Preliminary report on an investigation into the etiology of Oriental sore in Cambay - Number 50
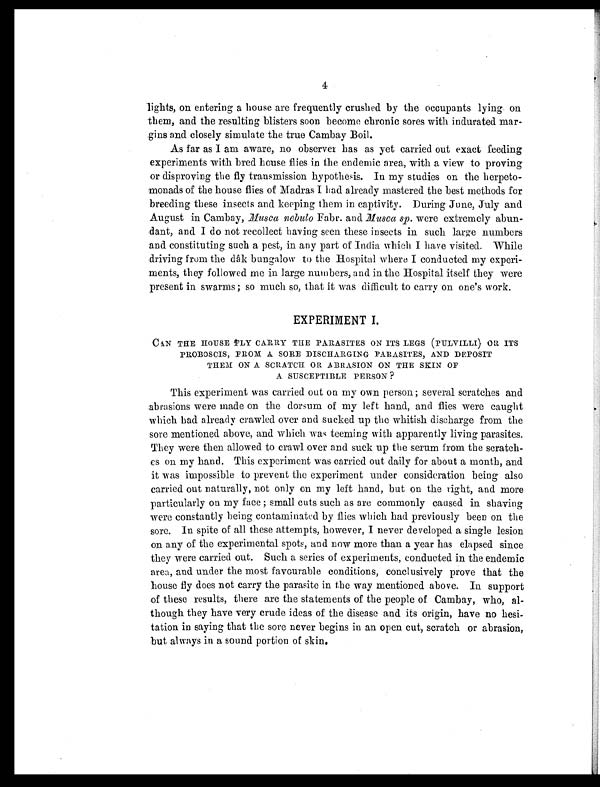
4
lights, on entering a house are frequently crushed by the occupants lying on
them, and the resulting blisters soon become chronic sores with indurated mar-
gins and closely simulate the true Cambay Boil.
As far as I am aware, no observer has as yet carried out exact feeding
experiments with bred house flies in the endemic area, with a view to proving
or disproving the fly transmission hypothesis. In my studies on the herpeto-
monads of the house flies of Madras I had already mastered the best methods for
breeding these insects and keeping them in captivity. During June, July and
August in Cambay, Musca nebulo Fabr. and Musca sp . were extremely abun-
dant, and I do not recollect having seen these insects in such large numbers
and constituting such a pest, in any part of India which I have visited. While
driving from the dâk bungalow to the Hospital where I conducted my experi-
ments, they followed me in large numbers, and in the Hospital itself they were
present in swarms; so much so, that it was difficult to carry on one's work.
EXPERIMENT I.
CAN THE HOUSE FLY CARRY THE PARASITES ON ITS LEGS (PULVILLI) OR ITS
PROBOSCIS, FROM A SORE DISCHARGING PARASITES, AND DEPOSIT
THEM ON A SCRATCH OR ABRASION ON THE SKIN OF
A SUSCEPTIBLE PERSON ?
This experiment was carried out on my own person; several scratches and
abrasions were made on the dorsum of my left hand, and flies were caught
which had already crawled over and sucked up the whitish discharge from the
sore mentioned above, and which was teeming with apparently living parasites.
They were then allowed to crawl over and suck up the serum from the scratch-
es on my hand. This experiment was carried out daily for about a month, and
it was impossible to prevent the experiment under consideration being also
carried out naturally, not only on my left hand, but on the right, and more
particularly on my face ; small cuts such as are commonly caused in shaving
were constantly being contaminated by flies which had previously been on the
sore. In spite of all these attempts, however, I never developed a single lesion
on any of the experimental spots, and now more than a year has elapsed since
they were carried out. Such a series of experiments, conducted in the endemic
area, and under the most favourable conditions, conclusively prove that the
house fly does not carry the parasite in the way mentioned above. In support
of these results, there are the statements of the people of Cambay, who, al-
though they have very crude ideas of the disease and its origin, have no hesi-
tation in saying that the sore never begins in an open cut, scratch or abrasion,
but always in a sound portion of skin.